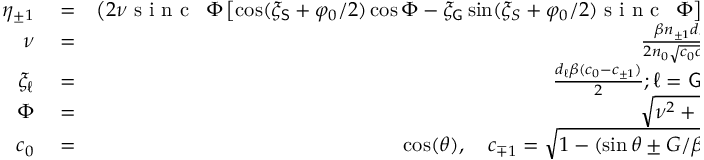
\begin{array} { r l r } { \eta _ { \pm 1 } } & { { } = } & { \left( 2 \nu \textrm { s i n c \, } { \Phi } \left[ \cos ( \xi _ { \mathsf { S } } + \varphi _ { 0 } / 2 ) \cos \Phi - \xi _ { \mathsf { G } } \sin ( \xi _ { S } + \varphi _ { 0 } / 2 ) \textrm { s i n c \, } { \Phi } \right] \right) ^ { 2 } } \\ { \nu } & { { } = } & { \frac { \beta n _ { \pm 1 } d _ { \mathsf { G } } } { 2 n _ { 0 } \sqrt { c _ { 0 } c _ { \pm 1 } } } } \\ { \xi _ { \ell } } & { { } = } & { \frac { d _ { \ell } \beta ( c _ { 0 } - c _ { \pm 1 } ) } { 2 } ; \ell = \mathsf { G , S } } \\ { \Phi } & { { } = } & { \sqrt { \nu ^ { 2 } + \xi _ { \mathsf { G } } ^ { 2 } } } \\ { c _ { 0 } } & { { } = } & { \cos ( \theta ) , \quad c _ { \mp 1 } = \sqrt { 1 - ( \sin \theta \pm G / \beta ) ^ { 2 } } } \end{array}